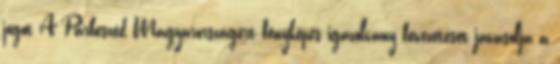
jogot A Párbeszéd Magyarországért fényképes igazolvány bevezetését javasolja a